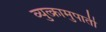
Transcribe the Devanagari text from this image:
व्युत्क्रामुपाती